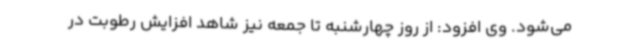
می‌شود. وی افزود: از روز چهارشنبه تا جمعه نیز شاهد افزایش رطوبت در